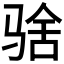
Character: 𱅚